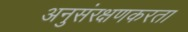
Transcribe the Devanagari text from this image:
अनुसंरक्षणकरता